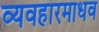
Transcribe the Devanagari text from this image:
व्यवहारमाधव